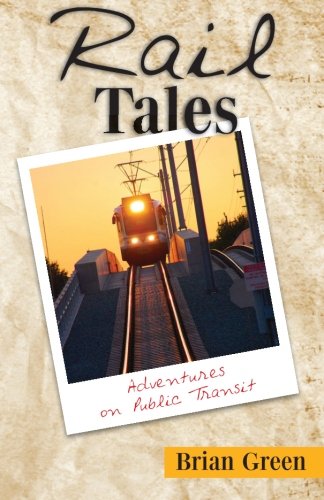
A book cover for Rail Tales: Adventures on Public Transit; Brian Green; Engineering & Transportation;